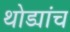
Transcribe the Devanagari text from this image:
थोड्यांच